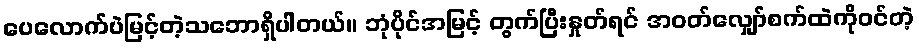
ပေလောက်ပဲမြင့်တဲ့သဘောရှိပါတယ်။ ဘုံပိုင်အမြင့် တွက်ပြီးနှုတ်ရင် အဝတ်လျှော်စက်ထဲကိုဝင်တဲ့